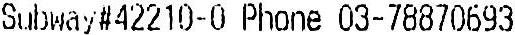
SUBWAY#42210-0 PHONE 03-78870693